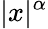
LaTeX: |x|^{\alpha}